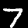
Digit: 7